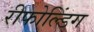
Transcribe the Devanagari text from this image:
रीफोल्डिंग